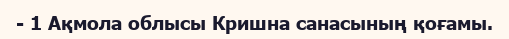
- 1 Ақмола облысы Кришна санасының қоғамы.